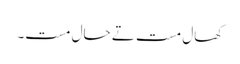
کھال مست تے حال مست۔